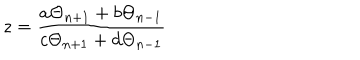
z = \frac { a \Theta _ { n + 1 } + b \Theta _ { n - 1 } } { c \Theta _ { n + 1 } + d \Theta _ { n - 1 } }